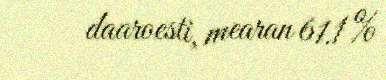
daaroesti, mearan 61.1 %